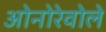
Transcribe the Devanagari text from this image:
ओनोरेवोले